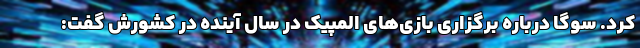
کرد. سوگا درباره برگزاری بازی‌های المپیک در سال آینده در کشورش گفت: